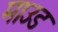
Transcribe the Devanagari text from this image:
माउड